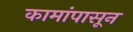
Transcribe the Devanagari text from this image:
कामांपासून